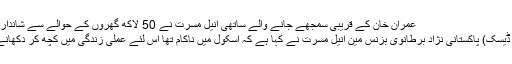
عمران خان کے قریبی سمجھے جانے والے ساتھی انیل مسرت نے 50 لاکھ گھروں کے حوالے سے شاندار اعلان کر دیا
کراچی (ویب ڈیسک) پاکستانی نژاد برطانوی بزنس مین انیل مسرت نے کہا ہے کہ اسکول میں ناکام تھا اس لئے عملی زندگی میں کچھ کر دکھانے کا عزم کیا۔